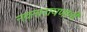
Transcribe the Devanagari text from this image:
नवनारायणांनी